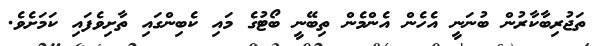
ތަޖުރިބާކާރުން ބުނަނީ އެހެން އެންމެން ތިބޭނީ ބޯޓުގެ މައި ކެބިންގައި ތާށިވެފައި ކަމަށެވެ.